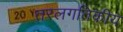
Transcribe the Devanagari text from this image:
तरलगतिकीय